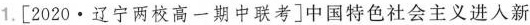
1.[2020·辽宁两校高一期中联考]中国特色社会主义进入新